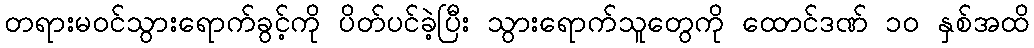
တရားမဝင်သွားရောက်ခွင့်ကို ပိတ်ပင်ခဲ့ပြီး သွားရောက်သူတွေကို ထောင်ဒဏ် ၁၀ နှစ်အထိ